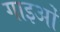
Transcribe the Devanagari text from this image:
गाइओं